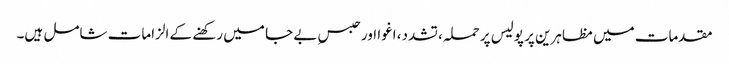
مقدمات میں مظاہرین پر پولیس پر حملہ، تشدد، اغوا اور حبسِ بے جا میں رکھنے کے الزامات شامل ہیں۔